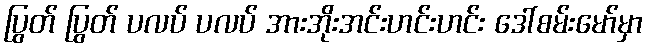
ပြွတ် ပြွတ် ပလပ် ပလပ် အားအိုးအင်းဟင်းဟင်း ဒေါ်စမ်းမော်မှာ